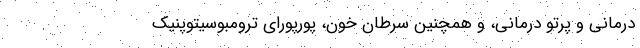
درمانی و پرتو درمانی، و همچنین سرطان خون، پورپورای ترومبوسیتوپنیک